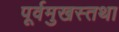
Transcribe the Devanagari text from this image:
पूर्वमुखस्तथा